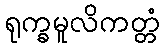
ရုက္ခမူလိကတ္တံ